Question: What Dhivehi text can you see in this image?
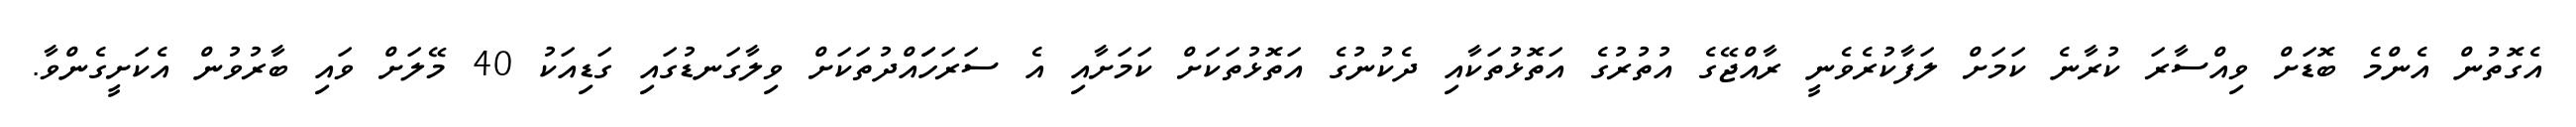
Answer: އެގޮތުން އެންމެ ބޮޑަށް ވިއްސާރަ ކުރާނެ ކަމަށް ލަފާކުރެވެނީ ރާއްޖޭގެ އުތުރުގެ އަތޮޅުތަކާއި ދެކުނުގެ އަތޮޅުތަކަށް ކަމަށާއި އެ ސަރަހަައްދުތަކަށް ވިލާގަނޑުގައި ގަޑިއަކު 40 މޭލަށް ވައި ބާރުވުން އެކަށީގެންވާ.